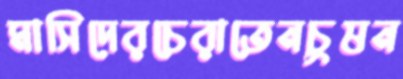
মাসিদেরচেরাতেনচুষন